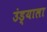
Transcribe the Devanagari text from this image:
उंड्याला